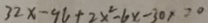
3 2 x - 9 6 + 2 x ^ { 2 } - 6 x - 3 0 x > 0